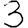
Digit: 3